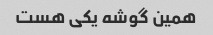
همین گوشه یکی هست